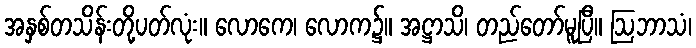
အနှစ်တသိန်းတို့ပတ်လုံး။ လောကေ၊ လောက၌။ အဋ္ဌာသိ၊ တည်တော်မူပြီ။ ဩဘာသံ၊